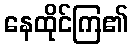
နေထိုင်ကြ၏